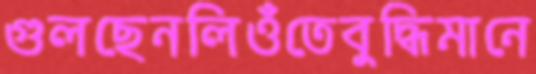
গুলছেনলিওঁতেবুদ্ধিমানে